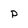
Character: P